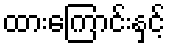
ထားကြောင်းနှင့်